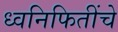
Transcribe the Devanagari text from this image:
ध्वनिफितींचे